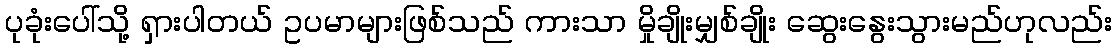
ပုခုံးပေါ်သို့ ရှားပါတယ် ဥပမာများဖြစ်သည် ကားသာ မှိုချိုးမျှစ်ချိုး ဆွေးနွေးသွားမည်ဟုလည်း